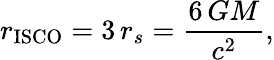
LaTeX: r_{\mathrm{{ISCO}}}=3\, r_{s}={\frac{6\, GM}{c^{2}}},